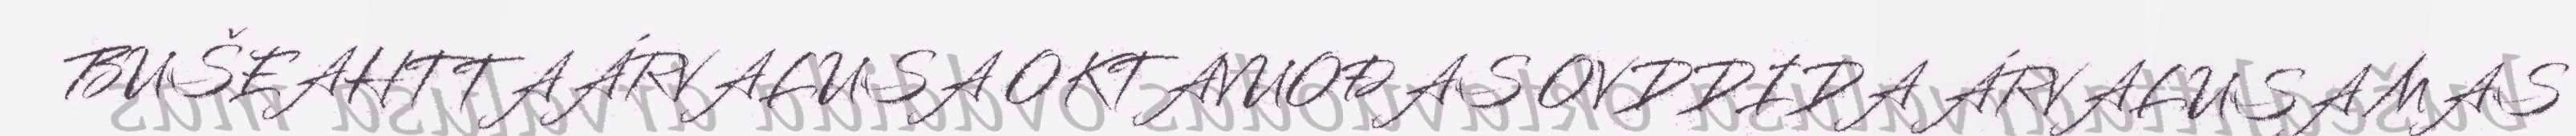
BUŠEAHTTAÁRVALUSA OKTAVUOĐAS OVDDIDA ÁRVALUSA MAS